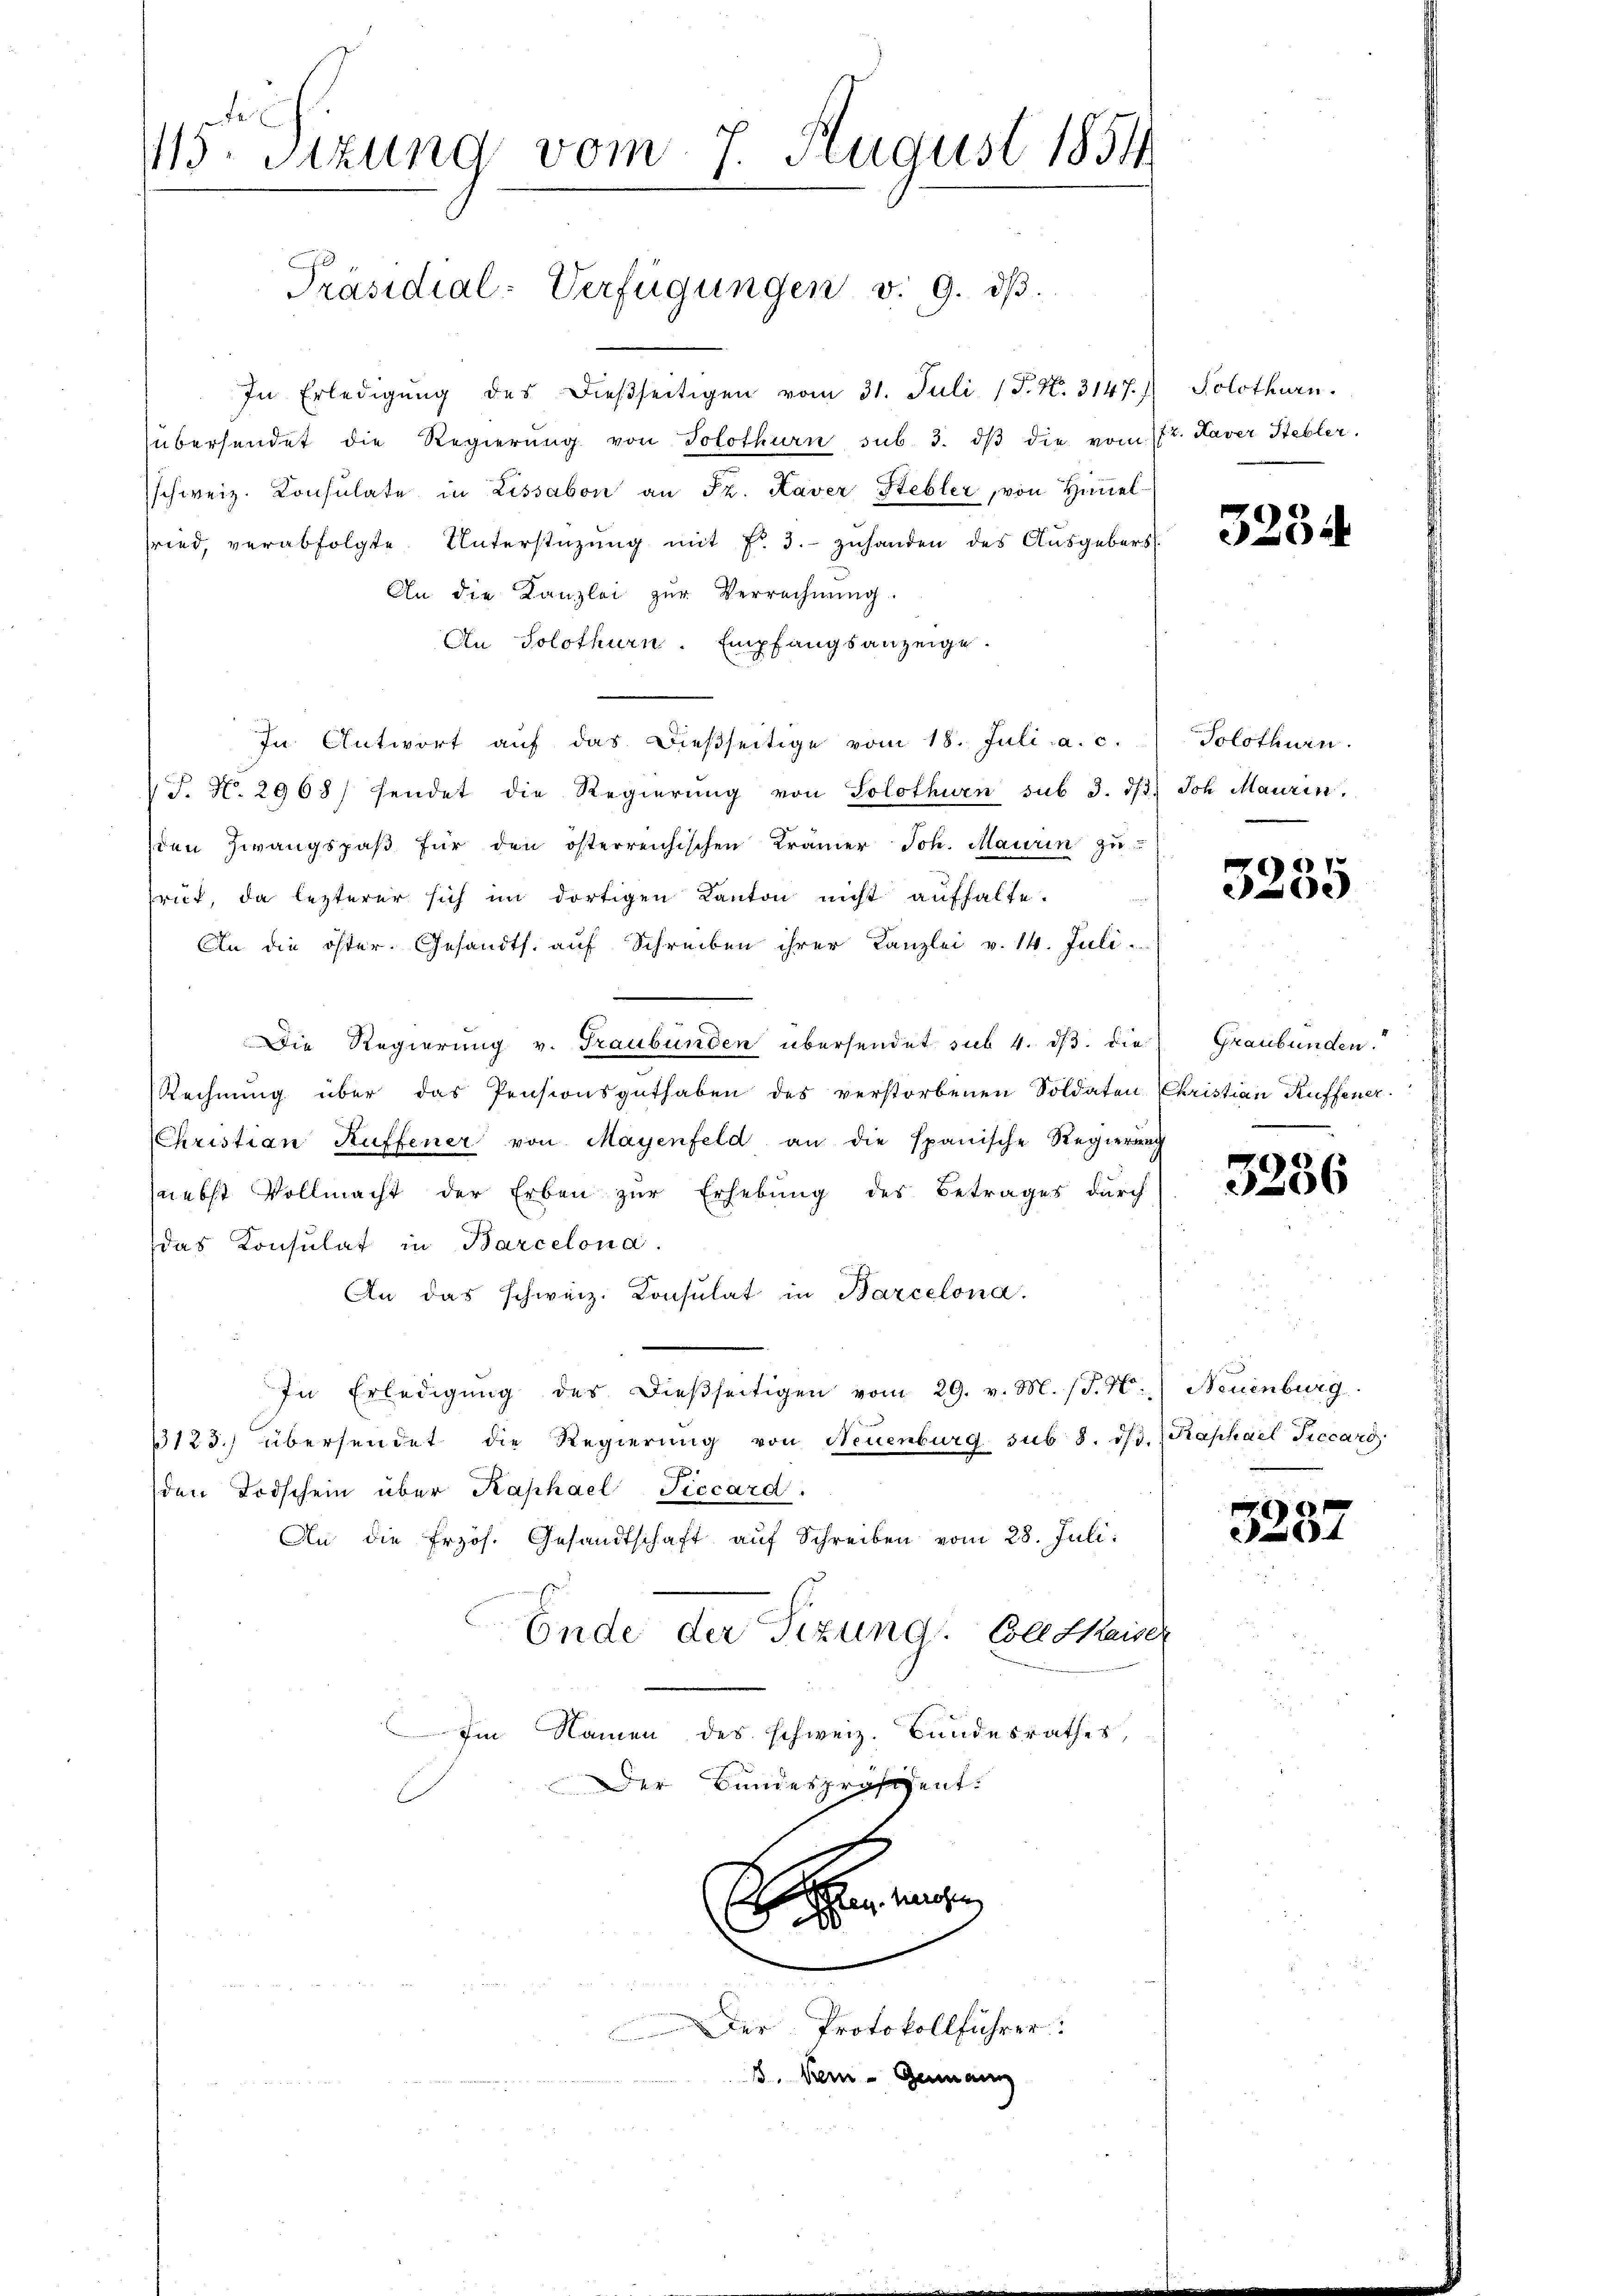
115. Sitzung vom 7. August 1854

Präsidial-Verfügungen v. 9. dβ.

In Erledigŭng des dießseitigen vom 31. Juli (T. N. 3147) Solothurn.
übersendet die Regierŭng von Solothurn sub. 3. dβ die vom 172. Kaver Hebler.
schweiz. Konsulate in Lissabon an Fr. Kaver Stebler, von Himel-
fried, verabfolgte Unterstüzung mit Fr. 3. zuhanden des Ausgebers
An die Kanzlei zŭr Verrechnŭng.
An Solothurn. Empfangsanzeige.
In Antwort aŭf das dießseitige vom 18. Juli a. c. Solothurn.
 J. N. 2968) sendet die Regierŭng von Solothurn sub 3. dβ. Joh Maurin.
den Zwangspaβ für den österreichischen Krämer Joh. Maurin zŭ
rut, da lezterer sich im dortigen Kanton nicht aufhalte.
An die öster. Gesandts. aŭf Schreiben ihrer Kanzlei v. 14. Juli
Die Regierung v. Graubünden übersendet sub 4. ds. die
Rechnŭng über das Pensionsguthaben des verstorbenen Soldaten
Christian Kuffener von Mayenfeld an die Spanische Regierŭng
(nebst Vollmacht der Erben zur Erhebung des Betrages durch
das Konsulat in Barcelona
An das schweiz. Consulat in Barcelona.
In Erledigŭng des Dieβseitigen vom 29. v. M. (T. H. Neuenburg.
123.) übersendet die Regierŭng von Neuenburg sub 8. dβ. (Kaphael Piccaro
F
den Todschein über Kaphael Ticcard.
An die frzös. Gesandtschaft auf Schreiben vom 28. Juli.
Ende der Tizung. Colle kaiser
Im Namen des schweiz. Bundesrathes,
Der Bundespräsident.

en ange
Der Protokollführer:
. Nein - Genann

5234

6
e

Graubünden.
Christian Kuffener.

3236

3287